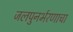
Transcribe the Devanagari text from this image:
जलपुनर्भरणाचा